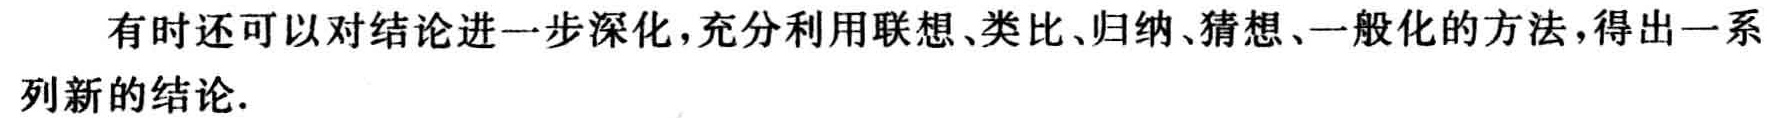
有时还可以对结论进一步深化，充分利用联想、类比、归纳、猜想、一般化的方法，得出一系列新的结论.